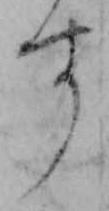
す